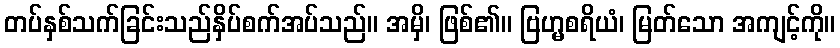
တပ်နှစ်သက်ခြင်းသည်နှိပ်စက်အပ်သည်။ အမှိ၊ ဖြစ်၏။ ဗြဟ္မစရိယံ၊ မြတ်သော အကျင့်ကို။